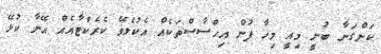
ކަންގަނާ ބުނީ މިއީ މިހާ ފުން އިހްސާސްތަކެއް އެކުލެވޭ ކެރެކްޓާއެއް އޭނާ ކުޅޭ